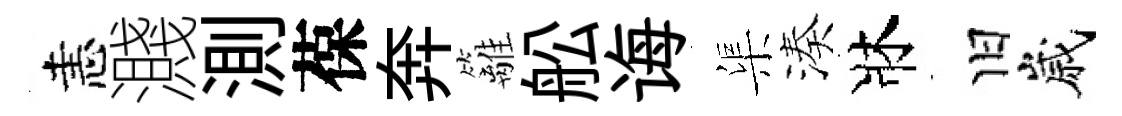
恚濺測葆奔籬舩诲渠湊牀旧嵗